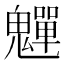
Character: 𫙎